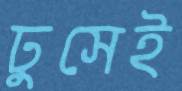
ঢুসেই